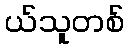
ယ်သူတစ်